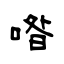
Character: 喒